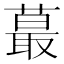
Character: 蕞